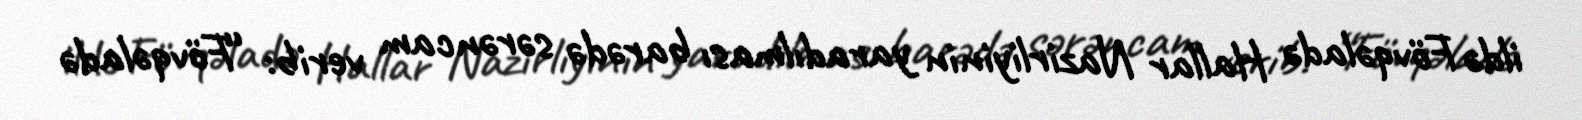
ildə Fövqəladə Hallar Nazirliyinin yaradılması barədə sərəncam verib: “Fövqəladə